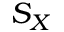
S _ { X }